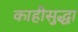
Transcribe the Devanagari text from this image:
काहीसुद्धा